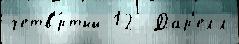
четв'́ртый 12  Дар'елл